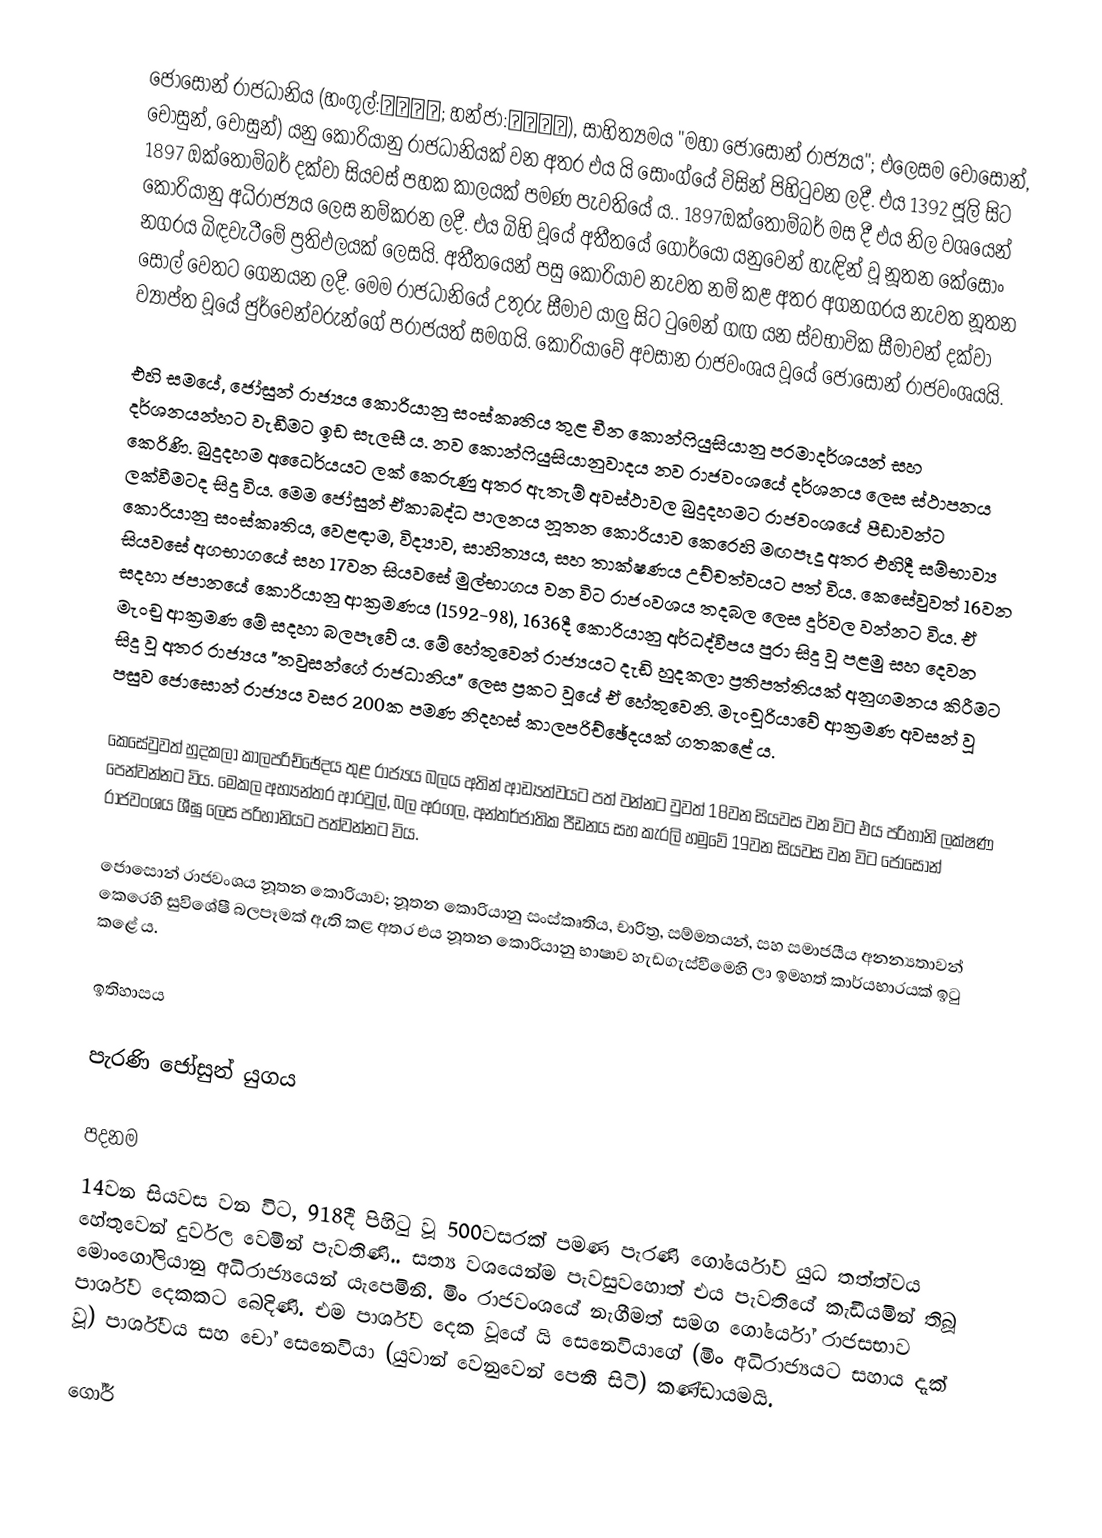
ජොසොන් රාජධානිය (හංගුල්:대조선국; හන්ජා:大朝鮮國), සාහිත්‍යමය "මහා ජොසොන් රාජ්‍යය"; එලෙසම චොසොන්, චොසුන්, චෝසුන්) යනු කොරියානු රාජධානියක් වන අතර එය යි සොංග්යේ විසින් පිහිටුවන ලදී. එය 1392 ජූලි සිට 1897 ඔක්තෝම්බර් දක්වා සියවස් පහක කාලයක් පමණ පැවතියේ ය.. 1897ඔක්තෝම්බර් මස දී එය නිල වශයෙන් කොරියානු අධිරාජ්‍යය ලෙස නම්කරන ලදී. එය බිහි වූයේ අතීතයේ ගෝර්යෝ යනුවෙන් හැඳින් වූ නූතන කේසොං නගරය බිඳවැටීමේ ප්‍රතිඵලයක් ලෙසයි. අතීතයෙන් පසු කොරියාව නැවත නම් කළ අතර අගනගරය නැවත නූතන සෝල් වෙතට ගෙනයන ලදී. මෙම රාජධානියේ උතුරු සීමාව යාලු සිට ටුමෙන් ගඟ  යන ස්වභාවික සීමාවන් දක්වා ව්‍යාප්ත වූයේ ජුර්චෙන්වරුන්ගේ පරාජයත් සමගයි. කොරියාවේ අවසාන රාජවංශය වූයේ ජොසොන් රාජවංශයයි.

එහි සමයේ, ජෝසුන් රාජ්‍යය කොරියානු සංස්කෘතිය තුළ චීන කොන්ෆියුසියානු පරමාදර්ශයන් සහ දර්ශනයන්හට වැඩීමට ඉඩ සැලසී ය. නව කොන්ෆියුසියානුවාදය නව රාජවංශයේ දර්ශනය ලෙස ස්ථාපනය කෙරිණි. බුදුදහම අධෛර්යයට ලක් කෙරුණු අතර ඇතැම් අවස්ථාවල බුදුදහමට රාජවංශයේ පීඩාවන්ට ලක්වීමටද සිදු විය. මෙම ජෝසුන් ඒකාබද්ධ පාලනය නූතන කොරියාව කෙරෙහි මඟපෑදූ අතර එහිදී සම්භාව්‍ය කොරියානු සංස්කෘතිය, වෙළඳාම, විද්‍යාව, සාහිත්‍යය, සහ තාක්ෂණය උච්චත්වයට පත් විය. කෙසේවුවත් 16වන සියවසේ අගභාගයේ සහ 17වන සියවසේ මුල්භාගය වන විට රාජංවශය තදබල ලෙස දුර්වල වන්නට විය. ඒ සදහා ජපානයේ කොරියානු ආක්‍රමණය (1592-98), 1636දී කොරියානු අර්ධද්වීපය පුරා සිදු වූ පළමු සහ ‍දෙවන මැංචු ආක්‍රමණ මේ සදහා බලපෑවේ ය. මේ හේතුවෙන් රාජ්‍යයට දැඩි හුදකලා ප්‍රතිපත්තියක් අනුගමනය කිරීමට සිදු වූ අතර රාජ්‍යය "තවුසන්ගේ රාජධානිය" ලෙස ප්‍රකට වූයේ ඒ හේතුවෙනි. මැංචූරියාවේ ආක්‍රමණ අවසන් වූ පසුව ජොසොන් රාජ්‍යය වසර 200ක පමණ නිදහස් කාලපරිච්ඡේදයක් ගතකළේ ය.

කෙසේවුවත් හුදකලා කාලපරිච්ඡේදය තුළ රාජ්‍යය බලය අතින් ආඩ්‍යත්වයට පත් වන්නට වුවත් 18වන සියවස වන විට එය පරිහානි ලක්ෂණ පෙන්වන්නට විය. මෙකල අභ්‍යන්තර ආරවුල්, බල අරගල, අන්තර්ජාතික පීඩනය සහ කැරලි හමුවේ 19වන සියවස වන විට ජොසොන් රාජවංශය ශීඝු ලෙස පරිහානියට පත්වන්නට විය.

ජොසොන් රාජවංශය නූතන කොරියාව; නූතන කොරියානු සංස්කෘතිය, චාරිත්‍ර, සම්මතයන්, සහ සමාජයීය අනන්‍යතාවන් කෙරෙහි සුවිශේෂී බලපෑමක් ඇති කළ අතර එය නූතන කොරියානු භාෂාව හැඩගැස්වීමෙහි ලා ඉමහත් කාර්යභාරයක් ඉටු කළේ ය.

ඉතිහාසය

පැරණි ජෝසුන් යුගය

පදනම
14වන සියවස වන විට, 918දී පිහිටු වූ 500වසරක් පමණ පැරණි ගෝර්යෝව යුධ තත්ත්වය හේතුවෙන්  දුර්වල වෙමින් පැවතිණි.. සත්‍ය වශයෙන්ම පැවසුවහොත් එය පැවතියේ කැඩීයමින් තිබූ  මොංගෝලියානු අධිරාජ්‍යයෙන් යැපෙමිනි. මිං රාජවංශයේ නැගීමත් සමග ගෝර්යෝ රාජසභාව පාර්ශ්ව දෙකකට බෙදිණි. එම පාර්ශ්ව දෙක වූයේ යි සෙනෙවියාගේ (මිං අධිරාජ්‍යයට සහාය දැක් වූ) පාර්ශ්වය සහ චෝ සෙනෙවියා (යුවාන් වෙනුවෙන් පෙනී සිටි) කණ්ඩායමයි.

ගෝර්